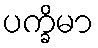
ပက္ခိမာ